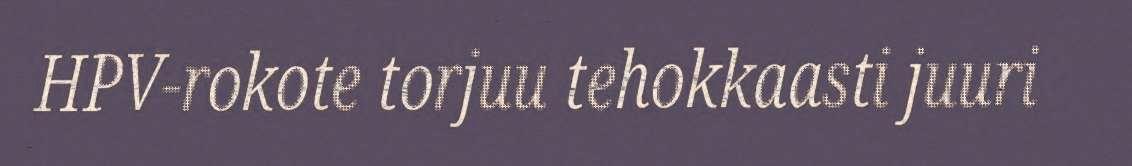
HPV-rokote torjuu tehokkaasti juuri